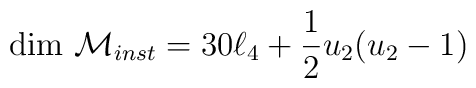
{\rm dim} \ {\cal M} _{inst}= 30\ell_4 + \frac12 u_2(u_2-1)